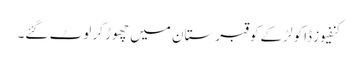
کنفیوز ڈاکو لڑکے کو قبرستان میں چھوڑ کر لوٹ گئے۔